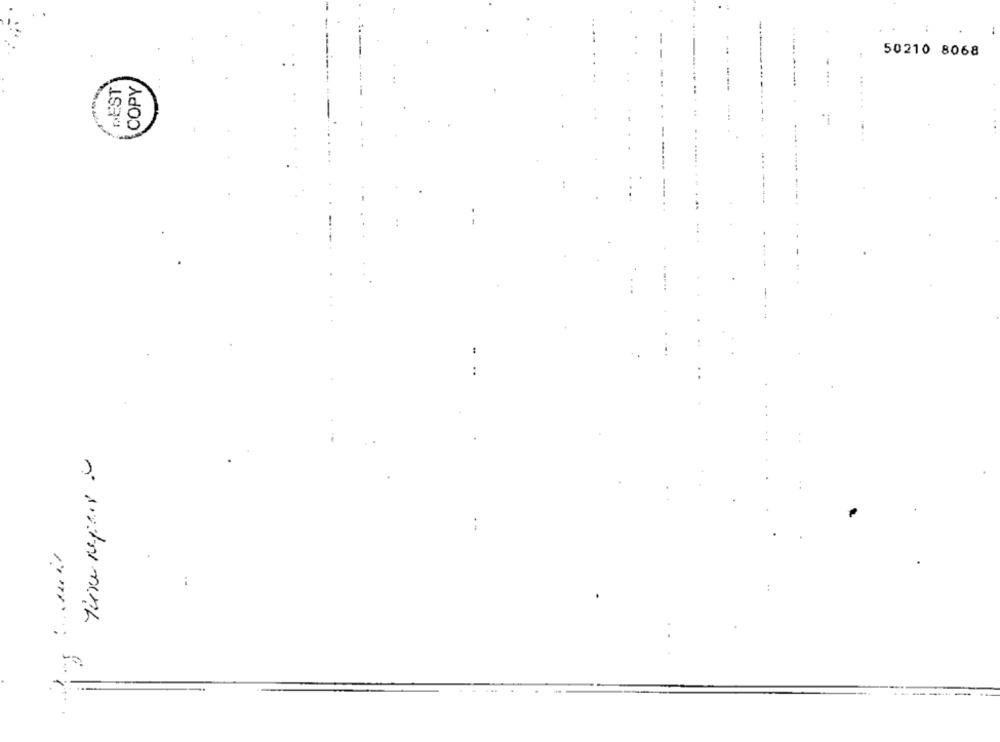
50210 8068
----..
PEST
COPY
There Repair -
..